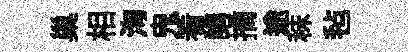
巢相洵鬼看講摘途秣毡